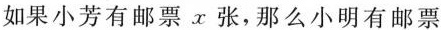
如果小芳有邮票x张，那么小明有邮票